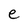
Character: e